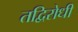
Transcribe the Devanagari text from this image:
तद्विरोधी